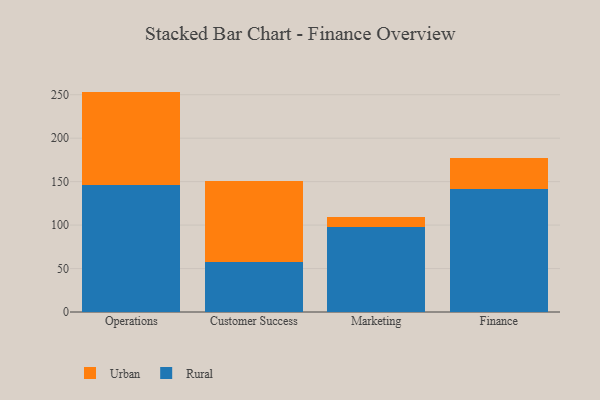
{"axis": {"x": "Department", "y": "Backlog"}, "legend": ["Rural", "Urban"], "data": [{"x": "Operations", "y": 145.7, "type": "Rural"}, {"x": "Operations", "y": 107.9, "type": "Urban"}, {"x": "Customer Success", "y": 57.2, "type": "Rural"}, {"x": "Customer Success", "y": 93.7, "type": "Urban"}, {"x": "Marketing", "y": 98.1, "type": "Rural"}, {"x": "Marketing", "y": 11.5, "type": "Urban"}, {"x": "Finance", "y": 141.8, "type": "Rural"}, {"x": "Finance", "y": 35.0, "type": "Urban"}]}